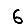
Digit: 6